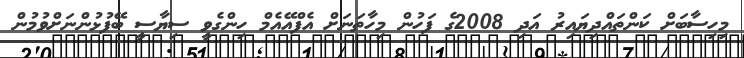
މިހިސާބަށް ކަންތައްދިޔައިރު އަދި 2008ގެ ފަހުން މިހާތަނަށް އެފްއޭއެމް ހިންގެވީ ސިޔާސީ ބޭފުޅުންނަށްވުމުން